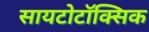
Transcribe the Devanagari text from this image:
सायटोटॉक्सिक